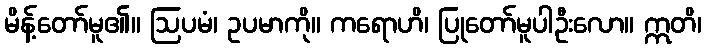
မိန့်တော်မူ၏။ ဩပမံ၊ ဥပမာကို။ ကရောဟိ၊ ပြုတော်မူပါဦးလော။ ဣတိ၊